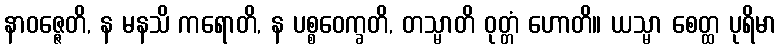
နာဝဇ္ဇေတိ, န မနသိ ကရောတိ, န ပစ္စဝေက္ခတိ, တသ္မာတိ ဝုတ္တံ ဟောတိ။ ယသ္မာ စေတ္ထ ပုရိမာ